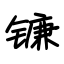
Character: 镰